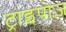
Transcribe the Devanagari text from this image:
ट्राइपोज़